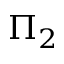
\Pi _ { 2 }